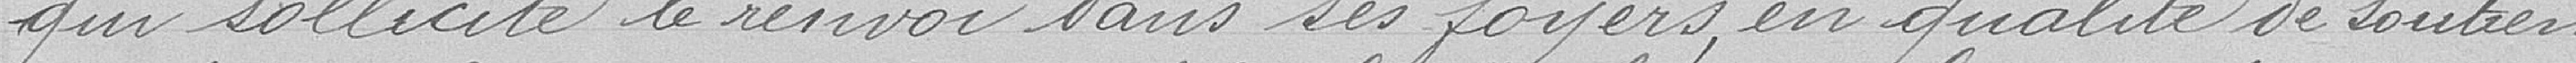
qui sollicite le renvoi dans ses foyers en qualité de soutien